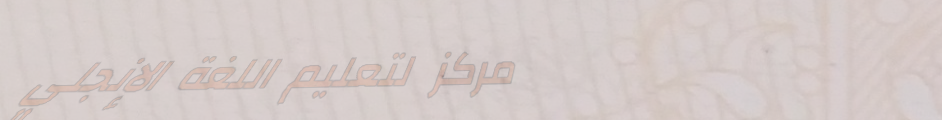
مركز لتعليم اللغة الإنجلي